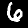
Label: 6